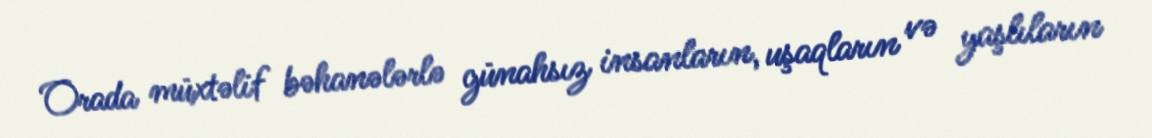
Orada müxtəlif bəhanələrlə günahsız insanların, uşaqların və yaşlıların